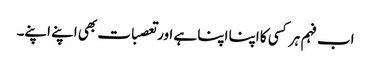
اب فہم ہر کسی کا اپنا اپنا ہے اور تعصبات بھی اپنے اپنے۔